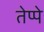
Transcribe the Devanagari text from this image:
तेप्पे